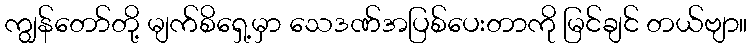
ကျွန်တော်တို့ မျက်စိရှေ့မှာ သေဒဏ်အပြစ်ပေးတာကို မြင်ချင် တယ်ဗျာ။